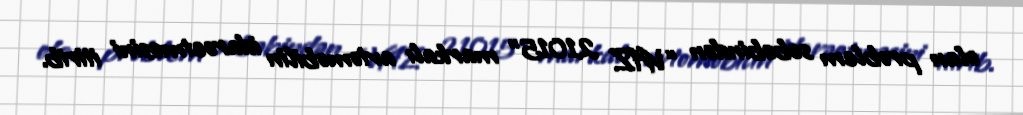
olan problem səbəbindən “VAZ 21015” markalı avtomobilin idarəetməsini itirib.